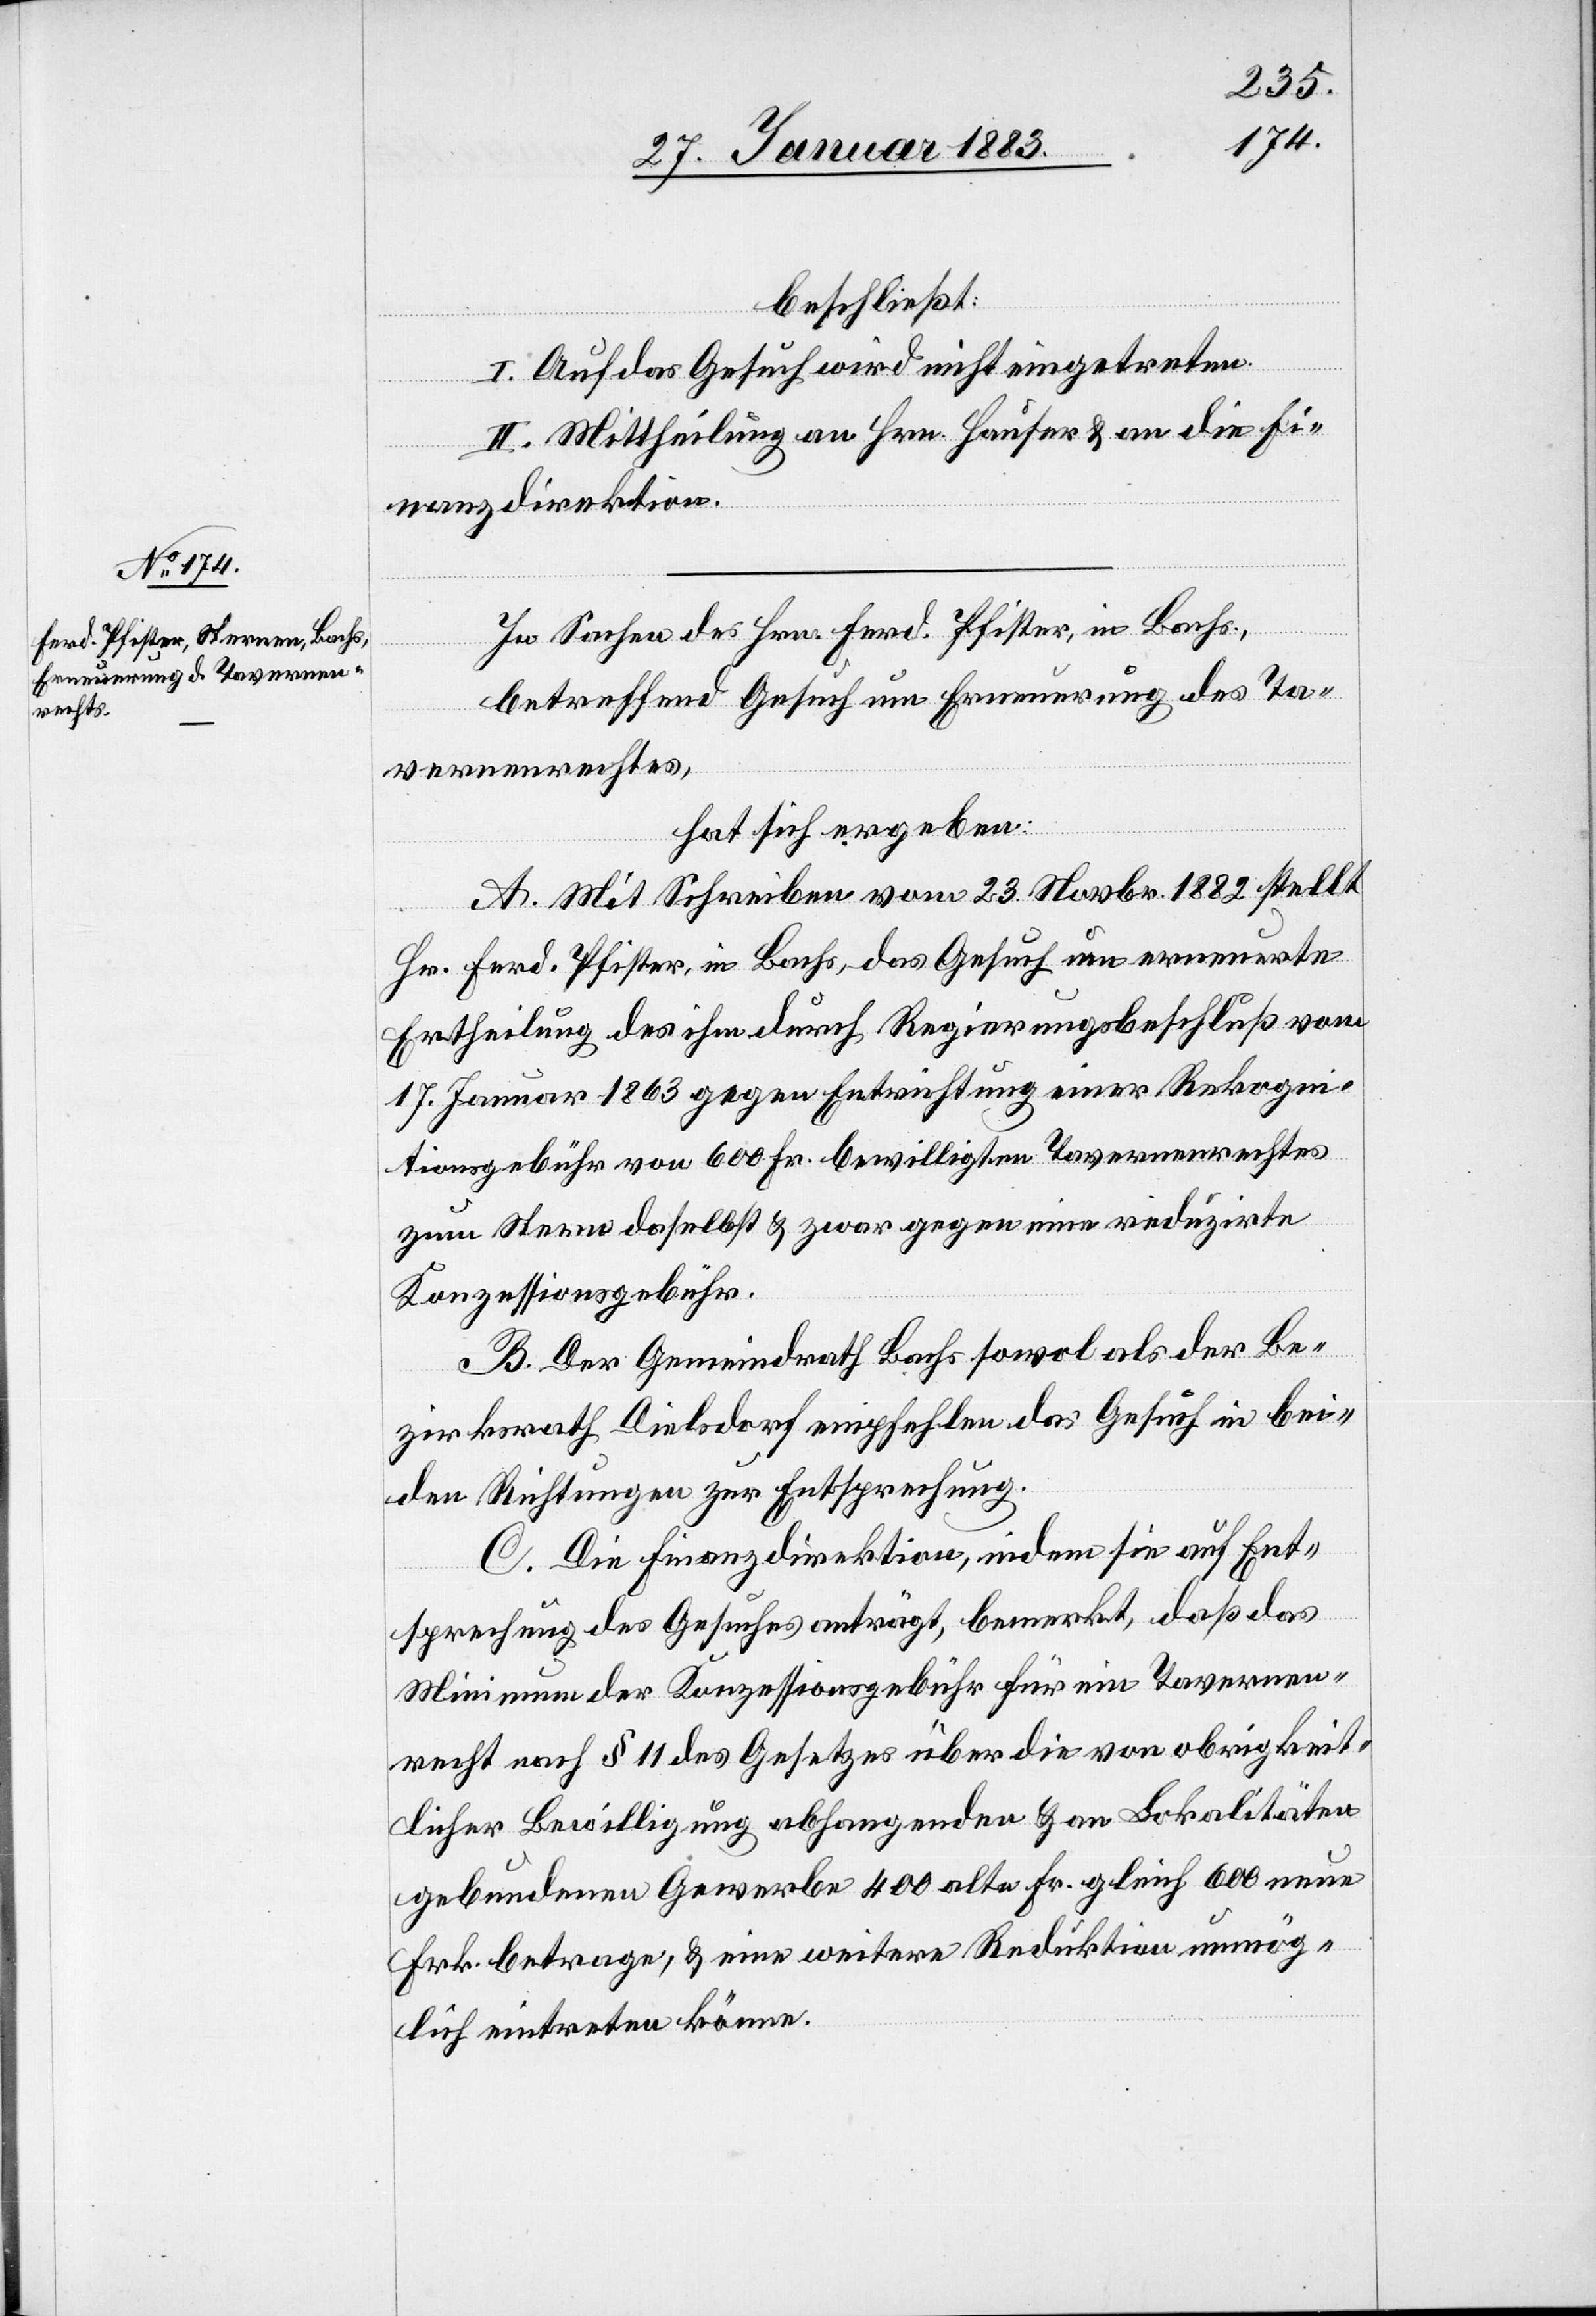
beschließt:
I. Auf das Gesuch wird nicht eingetreten.
II. Mittheilung an Hrn. Hauser & an die Fi¬
nanzdirektion.
In Sachen des Hrn. Ferd. Pfister, in Bachs,
betreffend Gesuch um Erneuerung des Ta¬
vernenrechts,
hat sich ergeben:
A. Mit Schreiben vom 23. Novbr. 1882 stellt
Hr. Ferd. Pfister, in Bachs, das Gesuch um erneuerte
Ertheilung des ihm durch Regierungsbeschluß vom
17. Januar 1863 gegen Entrichtung einer Rekogni¬
tionsgebühr von 600 Fr. bewilligten Tavernenrechtes
zum Stern daselbst & zwar gegen eine reduzirte
Konzessionsgebühr.
B. Der Gemeindrath Bachs sowol als der Be¬
zirksrath Dielsdorf empfehlen das Gesuch in bei¬
den Richtungen zur Entsprechung.
C. Die Finanzdirektion, indem sie auf Ent¬
sprechung des Gesuches anträgt, bemerkt, daß das
Minimum der Konzessionsgebühr für ein Tavernen¬
recht nach § 11 des Gesetzes über die von obrigkeit¬
licher Bewilligung abhangenden & an Lokalitäten
gebundenen Gewerbe 400 alte Fr. gleich 600 neue
Fr. betrage, eine weitere Reduktion unmög¬
lich eintreten könne.